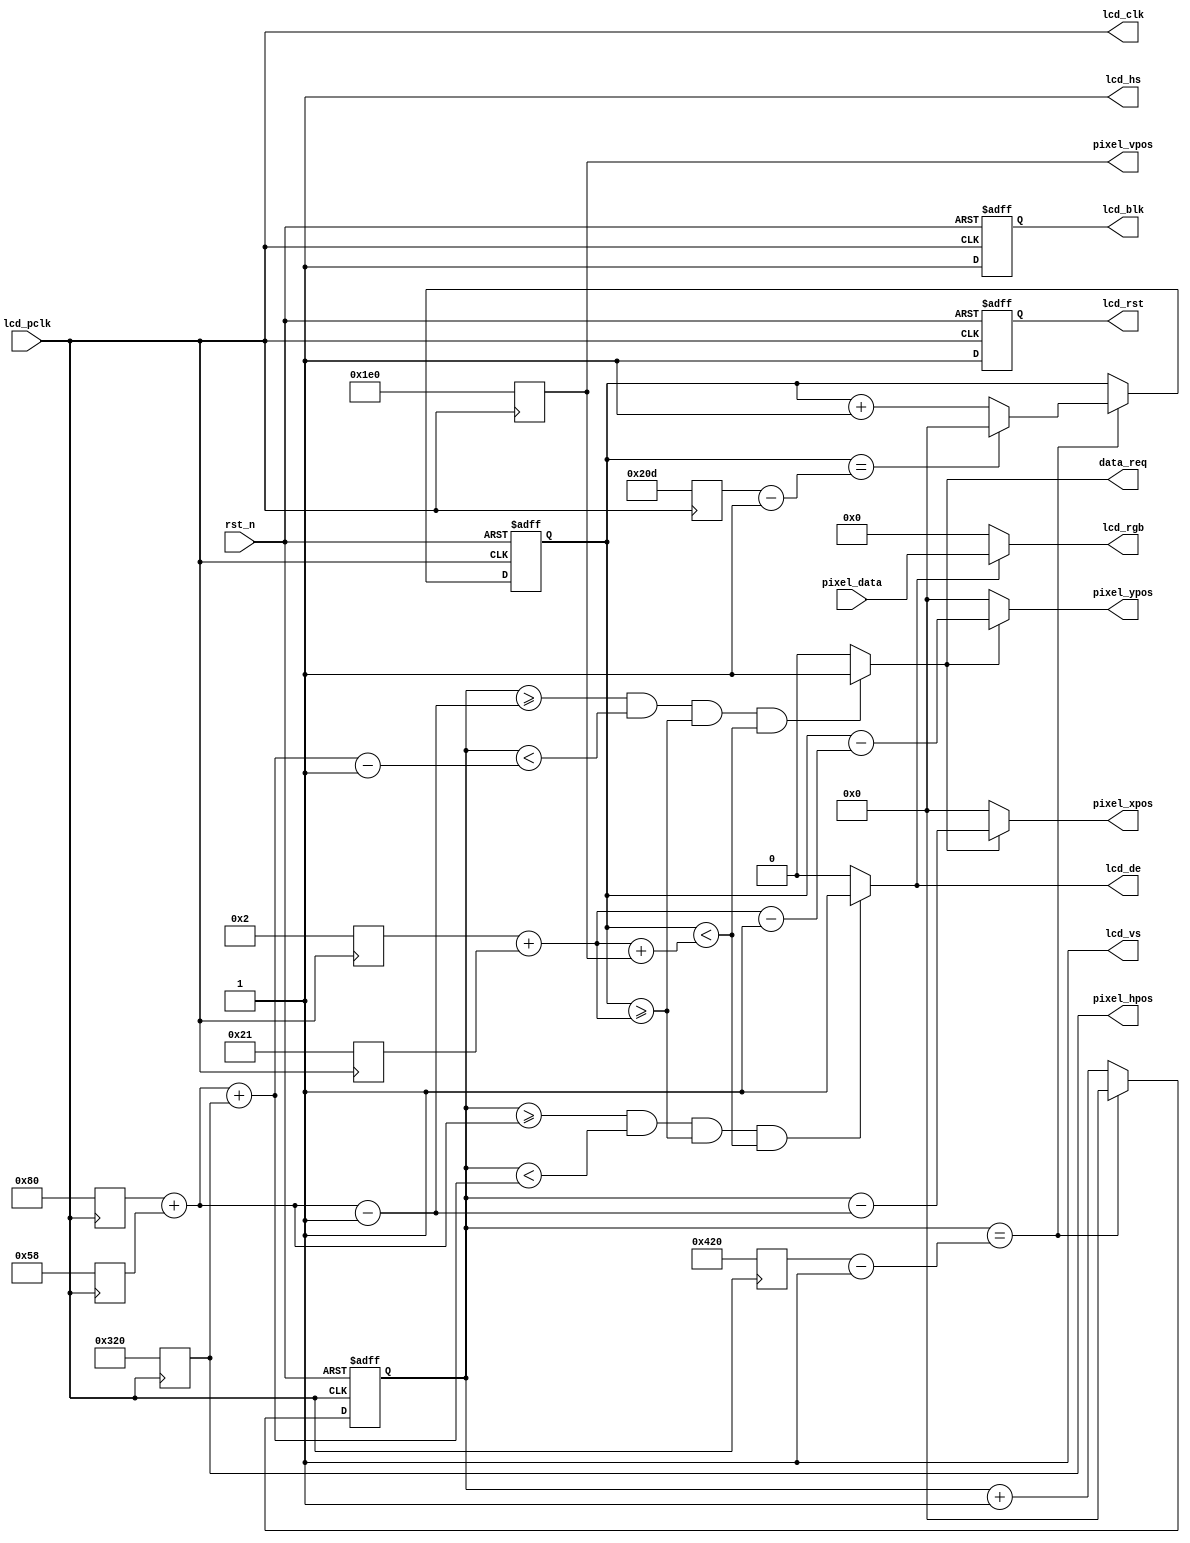
module lcd_driver(
	input 				lcd_pclk,
	input 				rst_n,
	input[15:0] 		pixel_data,
	output[15:0]		lcd_rgb,
	output reg 			lcd_blk,
	output reg 			lcd_rst,
	output reg[10:0] 	pixel_hpos,
	output reg[10:0] 	pixel_vpos,
	output 				lcd_clk,
	output 				lcd_hs,
	output 				lcd_vs,
	output 				lcd_de,
	output 				data_req,
	output[10:0]		pixel_xpos,
	output[10:0]		pixel_ypos
);
//parameters

// 7' 800*480   
parameter  H_SYNC_7084   =  11'd128;    //
parameter  H_BACK_7084   =  11'd88;     //
parameter  H_DISP_7084   =  11'd800;    //
parameter  H_FRONT_7084  =  11'd40;     //
parameter  H_TOTAL_7084  =  11'd1056;   //
   
parameter  V_SYNC_7084   =  11'd2;      //
parameter  V_BACK_7084   =  11'd33;     //
parameter  V_DISP_7084   =  11'd480;    //
parameter  V_FRONT_7084  =  11'd10;     //
parameter  V_TOTAL_7084  =  11'd525;    //       
//registers
reg[10:0] h_sync;
reg[10:0] h_back;
reg[10:0] h_total;
reg[10:0] v_sync;
reg[10:0] v_back;
reg[10:0] v_total;
reg[10:0] h_cnt;
reg[10:0] v_cnt;
//wires
wire lcd_en;
//
assign lcd_hs	=1'b1;
assign lcd_vs	=1'b1;
assign lcd_clk	=lcd_pclk;
assign lcd_de	=lcd_en;
//enable RGB565 data output

assign data_req=((h_cnt >= h_sync + h_back - 1'b1) && (h_cnt < h_sync + h_back + pixel_hpos - 1'b1)&& (v_cnt >= v_sync + v_back)&& (v_cnt < v_sync + v_back + pixel_vpos)) ? 1'b1 : 1'b0;//
assign lcd_en	=((h_cnt>=h_sync+h_back)&&(h_cnt<h_sync + h_back+pixel_hpos)&&(v_cnt>=v_sync+v_back)&&(v_cnt<v_sync + v_back+pixel_vpos))? 1'b1: 1'b0;
assign pixel_xpos	=data_req ? (h_cnt - (h_sync + h_back - 1'b1)) : 11'd0;
assign pixel_ypos	=data_req ? (v_cnt - (v_sync + v_back - 1'b1)) : 11'd0;
//RG585
assign lcd_rgb= lcd_en? pixel_data: 16'd0;//
//
always@(posedge lcd_pclk)begin
	h_sync  		<= H_SYNC_7084; 
  	h_back  		<= H_BACK_7084; 
	pixel_hpos  <= H_DISP_7084; 
	h_total 		<= H_TOTAL_7084;
	v_sync  		<= V_SYNC_7084; 
 	v_back  		<= V_BACK_7084; 	
 	pixel_vpos  <= V_DISP_7084; 
 	v_total 		<= V_TOTAL_7084;        
end
//
always@ (posedge lcd_pclk or negedge rst_n) begin
    if(!rst_n) 
        h_cnt <= 11'd0;
    else begin
        if(h_cnt == h_total - 1'b1)
            h_cnt <= 11'd0;
        else
            h_cnt <= h_cnt + 1'b1;           
    end
end

//
always@ (posedge lcd_pclk or negedge rst_n) begin
    if(!rst_n) 
        v_cnt <= 11'd0;
    else begin
        if(h_cnt == h_total - 1'b1) begin
            if(v_cnt == v_total - 1'b1)
                v_cnt <= 11'd0;
            else
                v_cnt <= v_cnt + 1'b1;    
        end
    end    
end

//LCD
always@ (posedge lcd_pclk or negedge rst_n) begin
    if(!rst_n)begin 
        lcd_rst <= 0;
        lcd_blk <= 0;
    end
    else begin
        lcd_rst <= 1;
        lcd_blk <= 1;
    end
end
endmodule